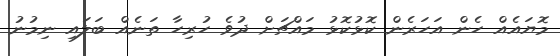
މޮޔައެއް ހެން އަހަރެން ކޮޅުކޮޅު މައްޗަށް ދުވެ ހުރިހާ ތަނެއް ބަލައި ނިމުނު